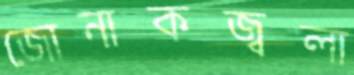
জোনাকজ্বলা